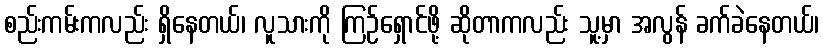
စည်းကမ်းကလည်း ရှိနေတယ်၊ လူသားကို ကြဉ်ရှောင်ဖို့ ဆိုတာကလည်း သူ့မှာ အလွန် ခက်ခဲနေတယ်၊